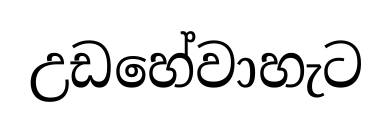
උඩහේවාහැට